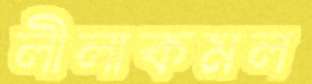
লীলাকমল